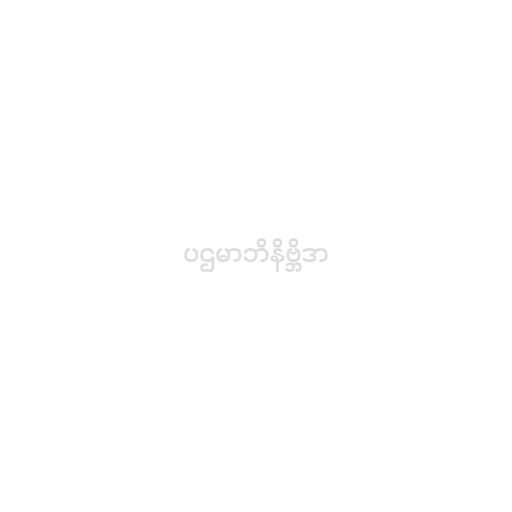
ပဌမာဘိနိဗ္ဘိဒာ